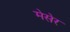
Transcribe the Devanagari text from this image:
मेसेर